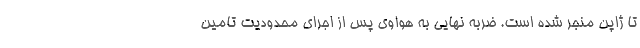
تا ژاپن منجر شده است. ضربه نهایی به هواوی پس از اجرای محدودیت تامین